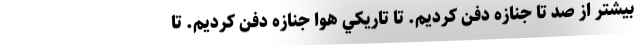
بيشتر از صد تا جنازه دفن كرديم. تا تاريكي هوا جنازه دفن كرديم. تا